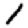
Digit: 1